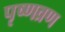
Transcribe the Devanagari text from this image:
पृष्णव्रण